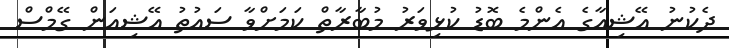
ދެކުނު އޭޝިއާގެ އެންމެ ބޮޑު ކުޅިވަރު މުބާރާތް ކަމަށްވާ ސައުތު އޭޝިއަން ގޭމްސް